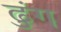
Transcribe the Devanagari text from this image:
ढुंग